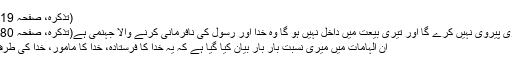
(تذکرہ، صفحہ 519 طبع چہارم)
جو شخص تیری پیروی نہیں کرے گا اور تیری بیعت میں داخل نہیں ہو گا وہ خدا اور رسول کی نافرمانی کرنے والا جہنمی ہے(تذکرہ، صفحہ 280 طبع چہارم)
ان الہامات میں میری نسبت بار بار بیان کیا گیا ہے کہ یہ خدا کا فرستادہ، خدا کا مامور، خدا کی طرف سے آیا ہے۔